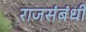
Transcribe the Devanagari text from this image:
राजसंबंधी